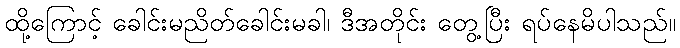
ထို့ကြောင့် ခေါင်းမညိတ်ခေါင်းမခါ၊ ဒီအတိုင်း တွေ့ပြီး ရပ်နေမိပါသည်။